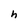
Character: h